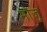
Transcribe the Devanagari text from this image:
मोंजू